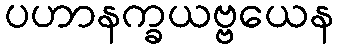
ပဟာနက္ခယဗ္ဗယေန